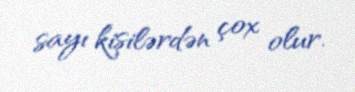
sayı kişilərdən çox olur.